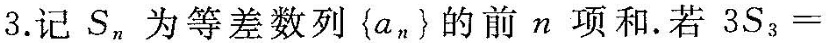
3.记S _{n} 为等差数列\{a _{n} \}的前n项和.若$$3 S _ { 3 } =